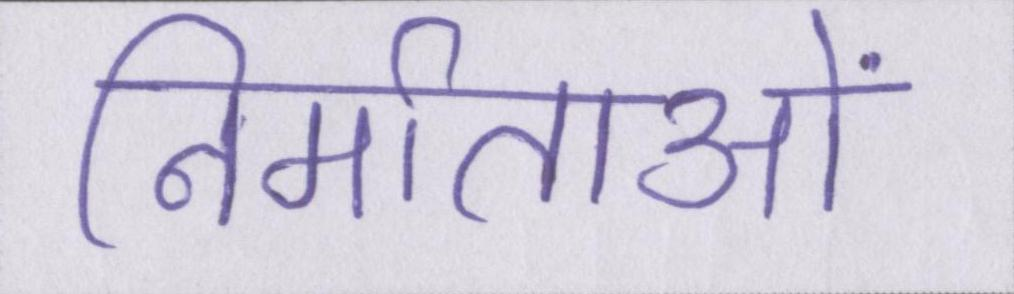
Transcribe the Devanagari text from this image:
निर्माताओं